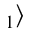
_ 1 \rangle